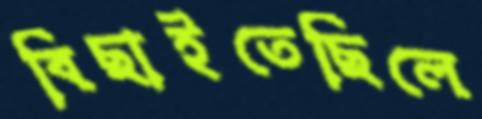
বিছাইতেছিলে